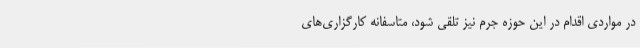
در مواردی اقدام در این حوزه جرم نیز تلقی شود، متاسفانه کارگزاری‌های